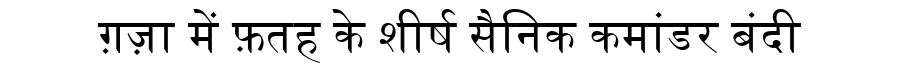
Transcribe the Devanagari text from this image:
ग़ज़ा में फ़तह के शीर्ष सैनिक कमांडर बंदी